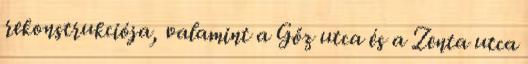
rekonstrukciója, valamint a Gőz utca és a Zenta utca